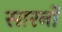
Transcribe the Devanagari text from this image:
सारनों